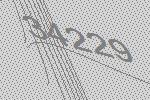
34229